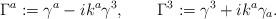
LaTeX: \begin{align*} \Gamma^a := \gamma^a - i k^a \gamma^3, \qquad \Gamma^3 := \gamma^3 + i k^a \gamma_a.\end{align*}